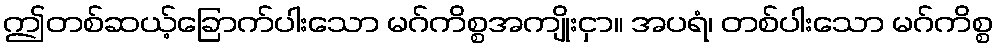
ဤတစ်ဆယ့်ခြောက်ပါးသော မဂ်ကိစ္စအကျိုးငှာ။ အပရံ၊ တစ်ပါးသော မဂ်ကိစ္စ